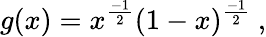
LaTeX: g(x)=x^{\frac{-1}{2}}(1-x)^{\frac{-1}{2}}\ ,